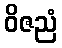
ဝိဇညံ